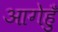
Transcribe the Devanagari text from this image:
आगेहुँ